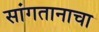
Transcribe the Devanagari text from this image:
सांगतानाचा